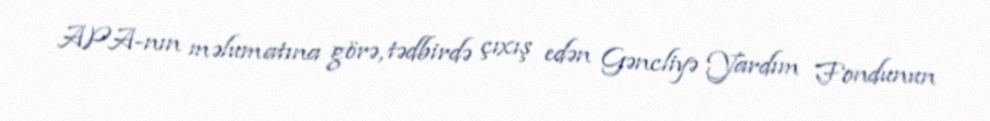
APA-nın məlumatına görə, tədbirdə çıxış edən Gəncliyə Yardım Fondunun